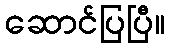
ဆောင်ပြပြီ။